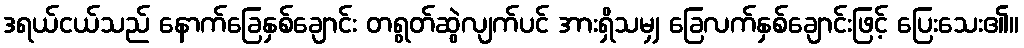
ဒရယ်ငယ်သည် နောက်ခြေနှစ်ချောင်း တရွတ်ဆွဲလျက်ပင် အားရှိသမျှ ခြေလက်နှစ်ချောင်းဖြင့် ပြေးသေး၏။